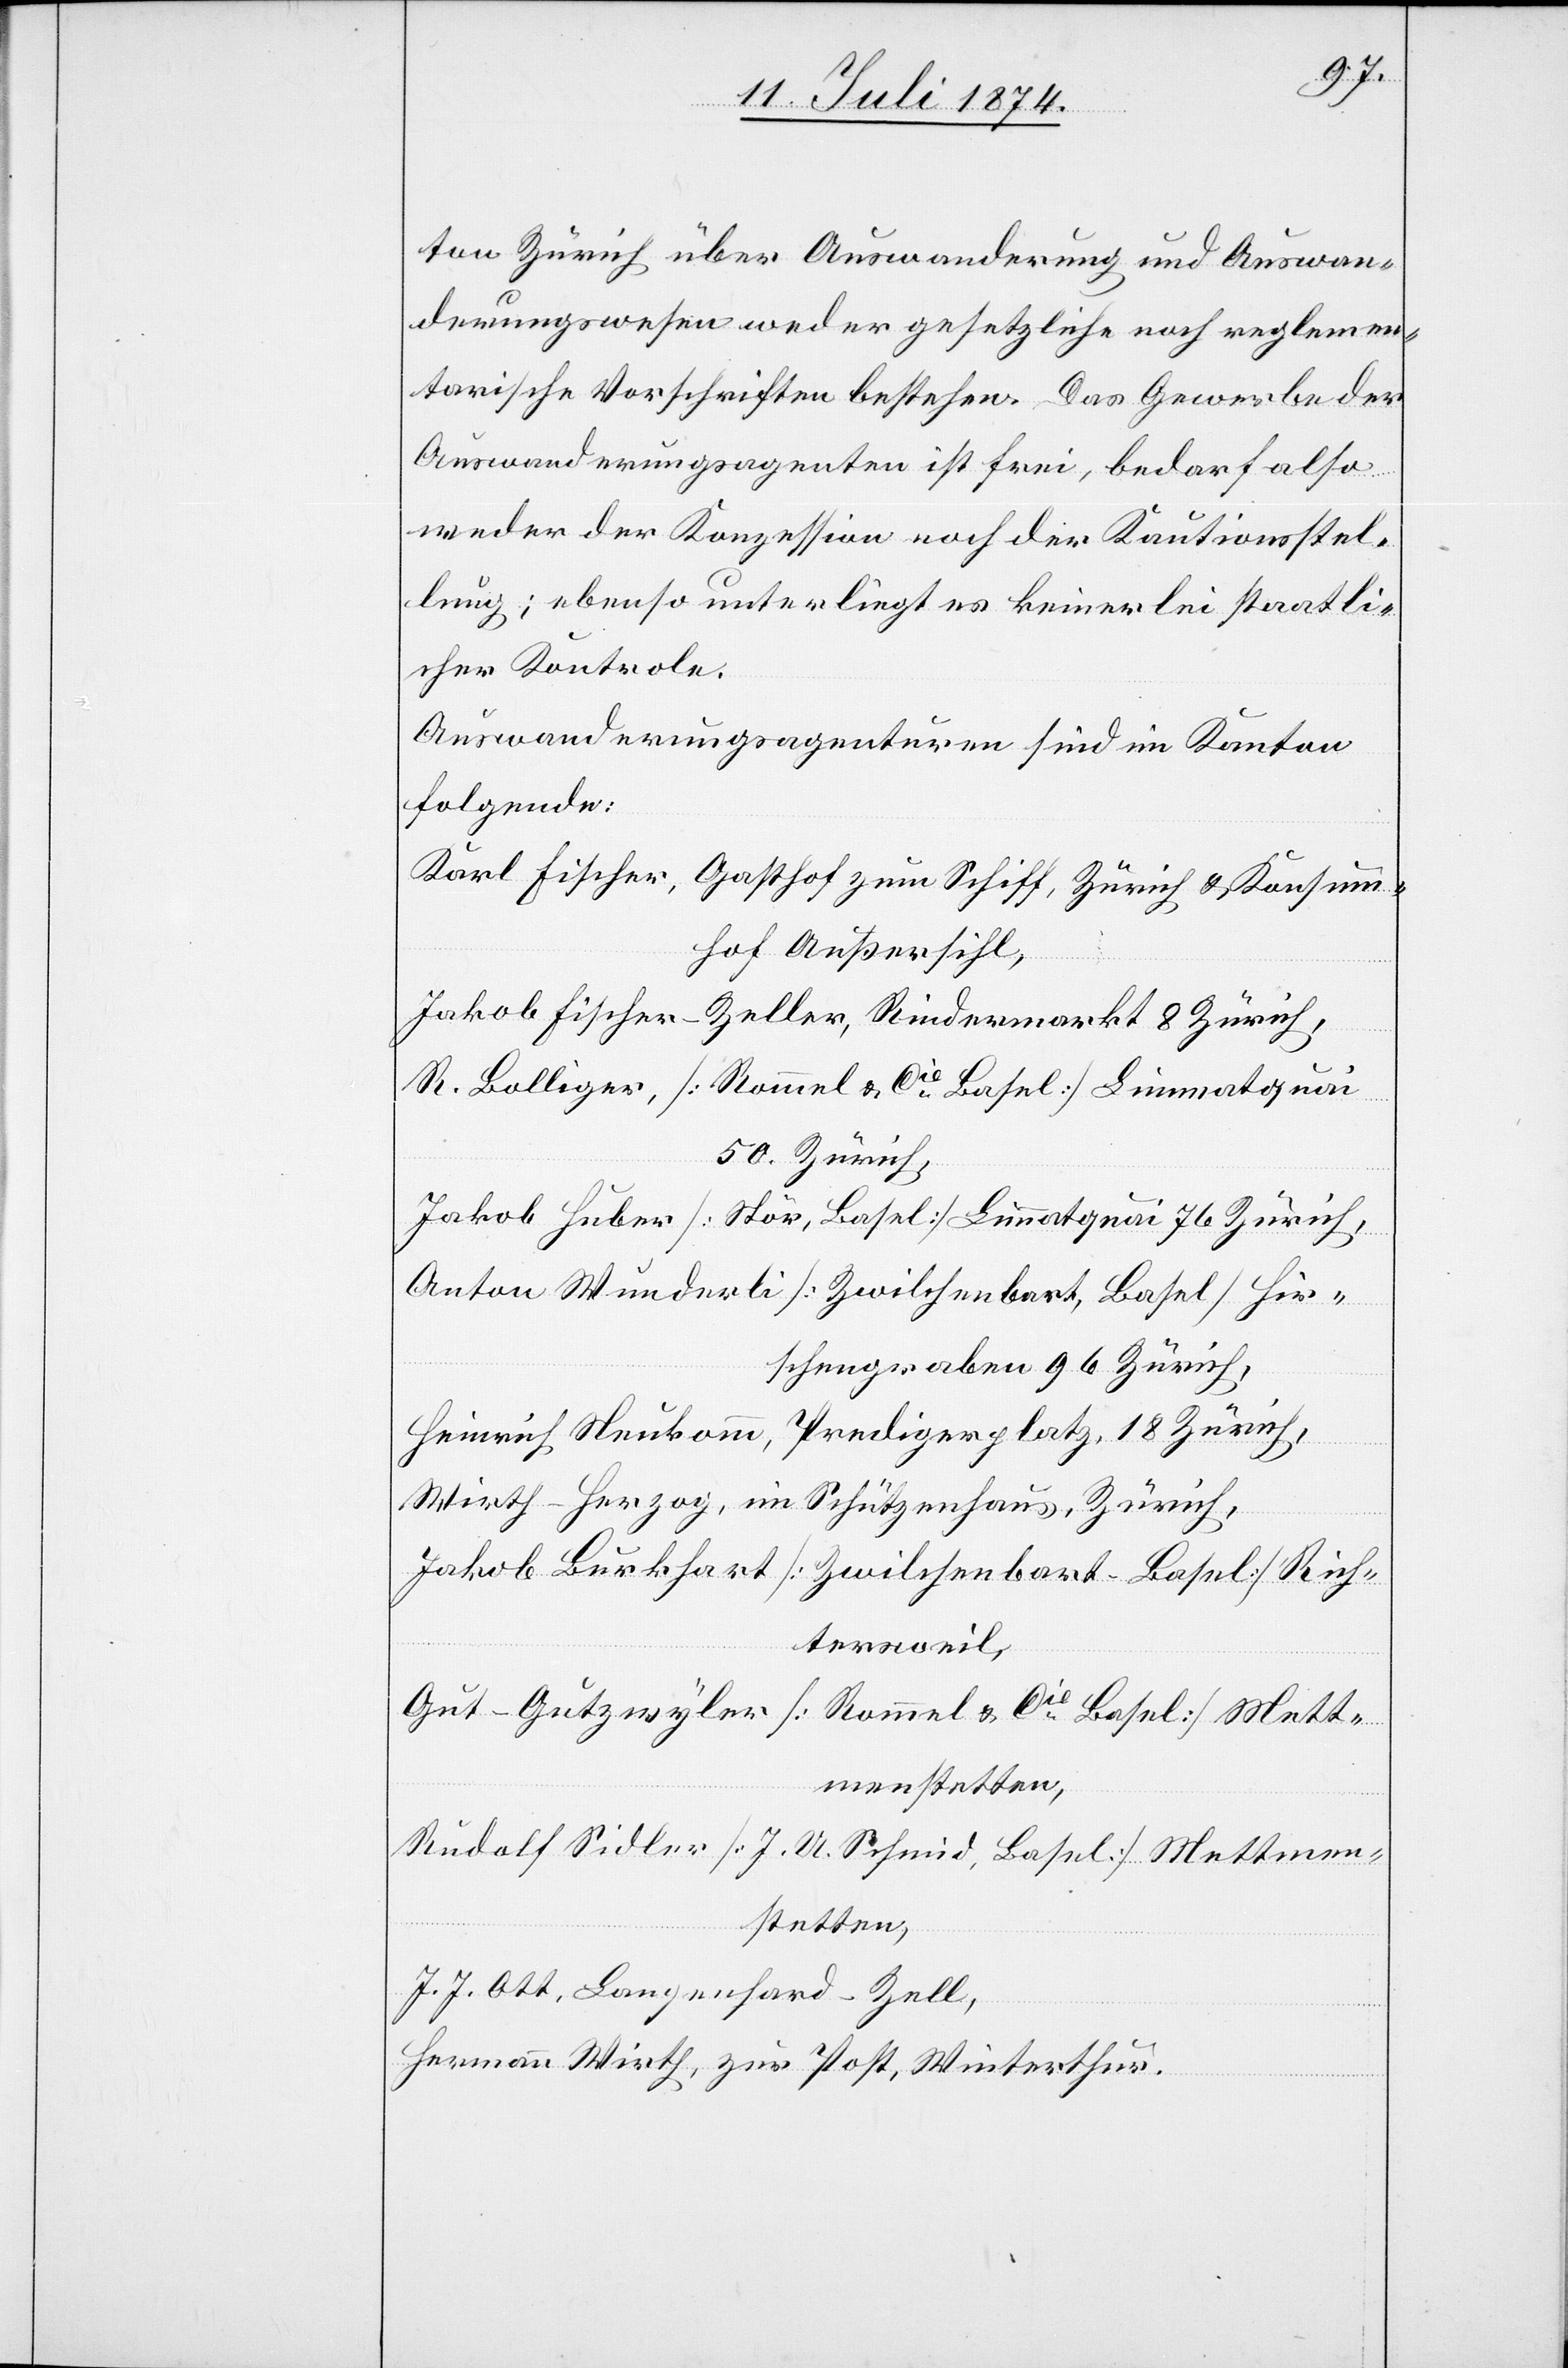
ton Zürich über Auswanderung und Auswan¬
derungswesen weder gesetzliche noch reglemen¬
tarische Vorschriften bestehen. Das Gewerbe der
Auswanderungsagenten ist frei, bedarf also
weder der Konzession noch der Kautionsstel¬
lung; ebenso unterliegt es keinerlei staatli¬
cher Kontrole.
Auswanderungsagenturen sind im Kanton
folgende:
Karl Fischer, Gasthof zum Schiff, Zürich u. Konsum¬
hof Außersihl,
Jakob Fischer-Zeller, Rindermarkt 8 Zürich,
R. Bolliger, [Rommel u. Cie Basel] Limmatquai
50, Zürich,
Jakob Huber [Stör, Basel] Limmatquai 76, Zürich,
Anton Wunderli [Zwilchenbart, Basel] Hir¬
schengraben 96 Zürich,
Heinrich Neukomm, Predigerplatz 18 Zürich,
Wirth-Herzog, im Schützenhaus, Zürich,
Jakob Burkhart [Zwilchenbart-Basel] Rich¬
tersweil,
Gut-Gutzwyler [Rommel u. Cie Basel] Mett¬
menstetten,
Rudolf Sidler [J. U. Schmid, Basel] Mettmen¬
stetten,
J. J. Ott, Langenhard-Zell,
Hermann Wirth, zur Post, Winterthur.